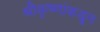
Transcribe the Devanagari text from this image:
श्रीकृष्णांकडून